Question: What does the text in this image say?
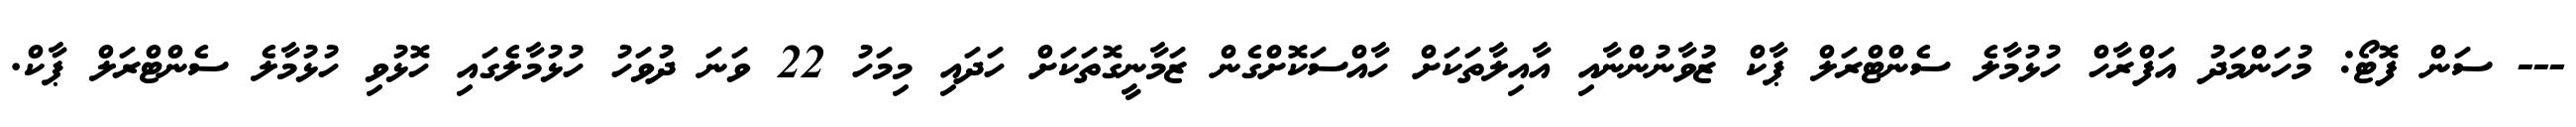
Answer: --- ސަން ފޮޓޯ: މުހަންމަދު އަފްރާހް ހުޅުމާލެ ސެންޓްރަލް ޕާކް ޒުވާނުންނާއި އާއިލާތަކަށް ހާއްސަކޮށްގެން ޒަމާނީގޮތަކަށް ހަދައި މިމަހު 22 ވަނަ ދުވަހު ހުޅުމާލެގައި ހޮޅުވި ހުޅުމާލެ ސެންޓްރަލް ޕާކް.